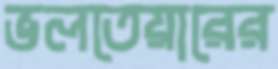
ভলতেয়ারের